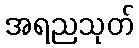
အရညသုတ်